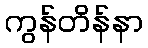
ကွန်တိန်နာ